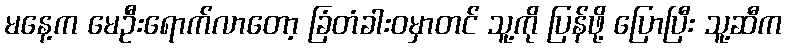
မနေ့က မေဦးရောက်လာတော့ ခြံတံခါးဝမှာတင် သူ့ကို ပြန်ဖို့ ပြောပြီး သူ့ဆီက